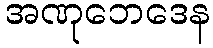
အဏုဘေဒေန